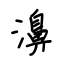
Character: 濞